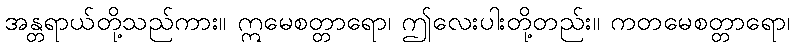
အန္တရာယ်တို့သည်ကား။ ဣမေစတ္တာရော၊ ဤလေးပါးတို့တည်း။ ကတမေစတ္တာရော၊